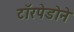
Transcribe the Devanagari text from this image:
टॉरपेडोने